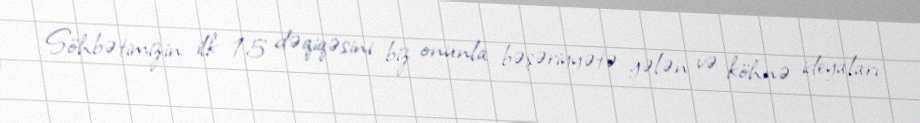
Söhbətimizin ilk 15 dəqiqəsini biz onunla bəşəriyyətə gələn və köhnə ideyaları